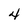
Character: 4